Annual report on the working of the lock hospitals in the North-Western Provinces and Oudh
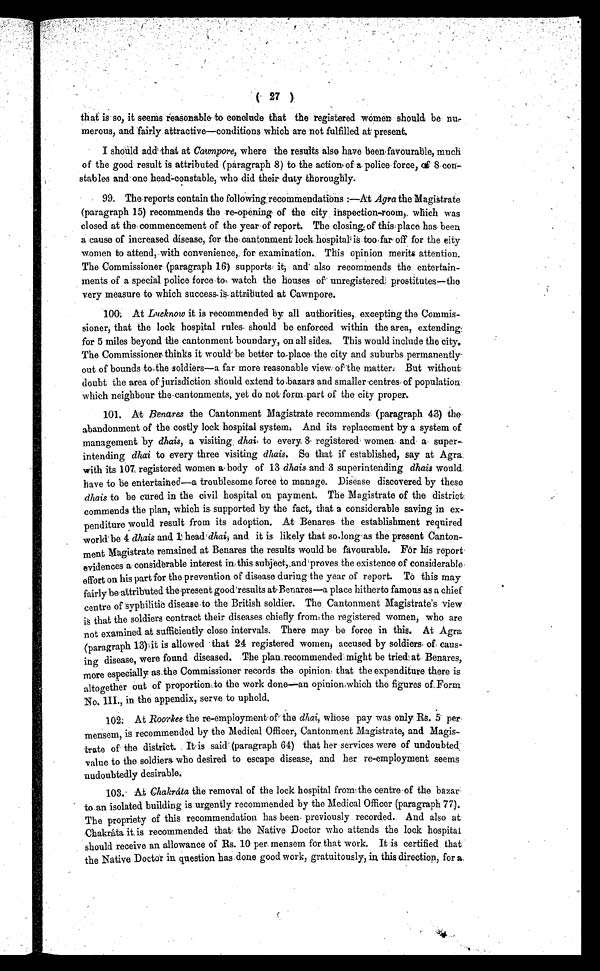
( 27 )
that is so, it seems reasonable to conclude that the registered women should be nu-
merous, and fairly attractive—conditions which are not fulfilled at present.
I should add that at Cawnpore, where the results also have been favourable, much
of the good result is attributed (paragraph 8) to the action, of a police force,
of
8
con-
stables and-one head-constable, who did their duty thoroughly.
99. The reports contain the following . recommendations:—At Agra the Magistrate
(paragraph 15) recommends the re-opening of the city inspection-room, which was
closed at the commencement of the year of report. The closing of this place has been
a cause of increased disease, for the cantonment lock hospital is too far off for the city
women to attend, with convenience, for examination. This opinion merits attention.
The Commissioner (paragraph 16) supports: it; and' also recommends the entertain-
ments of a special police force to: watch the houses of unregistered prostitutes—the
very measure to which success, is, attributed at Cawnpore.
100, AtL u c k n o w
it is recommended by all authorities, excepting the Commis-
sioner, that the lock hospital rules. should be enforced within the area, extending
for 5 miles beyond the cantonment boundary, on all sides. This would include the city.
The Commissioner thinks it would be better to place the city and suburbs permanently
out of bounds to the soldiers—a far more reasonable view of the matter. But without
doubt the area of jurisdiction should extend to bazars and smaller centres of population
which neighbour the cantonments, yet do not . form part of the city proper.
101. At Benares the Cantonment Magistrate recommends (paragraph 43) the
abandonment of the costly lock hospital system, And its replacement by a system of
management by dhais, a visiting dhai. to every. 8 registered women and a super-
intending dhai to every three visiting dhais. So that if established, say at Agra.
with its 107 registered women a body of 13 dhais and 3 superintending dhais would.
have to be entertained—a troublesome force to manage. Disease discovered by these
dhais to be cured in the civil hospital on payment. The Magistrate of the district
commends the plan, which is supported by the fact, that a considerable saving in ex-
penditure would result from its adoption. At Benares the establishment required
world be 4 dhais and 1 head dhai, and it is likely that so long as the present Canton-
ment Magistrate remained at Benares the results would be favourable. For his report
evidences a considerable interest in-this subject,,and'proves the existence of considerable.
effort on his part for the prevention of disease during-the year of report. To this may
fairly be-attributed the present good'results ate Benares--a place hitherto famous as a chief
centre of syphilitic disease . to the British soldier. The Cantonment Magistrate's view
is that the soldiers contract their diseases chiefly from: the registered women, who are
not examined at sufficiently close intervals. There may be force in this. At Agra
(paragraph 13) it is allowed that 24 registered women, accused by soldiers. of caus-
ing disease, were found diseased. The plan recommended might be tried at. Benares,
more especially as.the Commissioner records the opinion that the expenditure there is
altogether out of proportion: to the work done—an opinion,which the figures of: Form
No. III., in the appendix, serve to uphold.
102; At Roorkee the re-employment of the dhai, whose pay was only Rs. 5 per-
mensem, is recommended by the Medical Officer, Cantonment Magistrate, and Magis-
trate of the district. It is said ! (paragraph 64) that her services were of undoubted
value to the soldiers who desired to escape disease, and her re-employment seems
undoubtedly desirable.
103.. At Chakrcita the removal of the lock. hospital from.: the centre-of the bazar
to an isolated building is urgently recommended by the Medical Officer (paragraph 77).
The propriety of this recommendation has been previously recorded. And also at:
Chakráta it is recommended that the Native Doctor who attends the lock hospital
should receive an allowance of Rs. 10 per. mensem for that work. It is certified that
the Native Doctor in question has done good work, gratuitously, in. this direction, for a
,